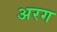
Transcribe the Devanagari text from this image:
अरग